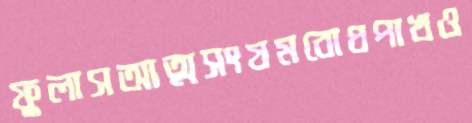
ফুলাসআত্মসংযমবোধপাখও